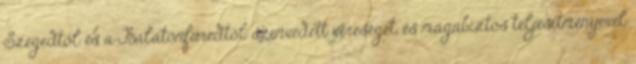
Szegedtől és a Balatonfüredtől szenvedett vereséget, és magabiztos teljesítményével